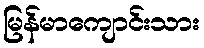
မြန်မာကျောင်းသား